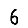
Digit: 6